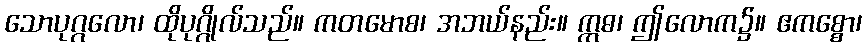
သောပုဂ္ဂလော၊ ထိုပုဂ္ဂိုလ်သည်။ ကတမောစ၊ အဘယ်နည်း။ ဣဓ၊ ဤလောက၌။ ဧကစ္စော၊